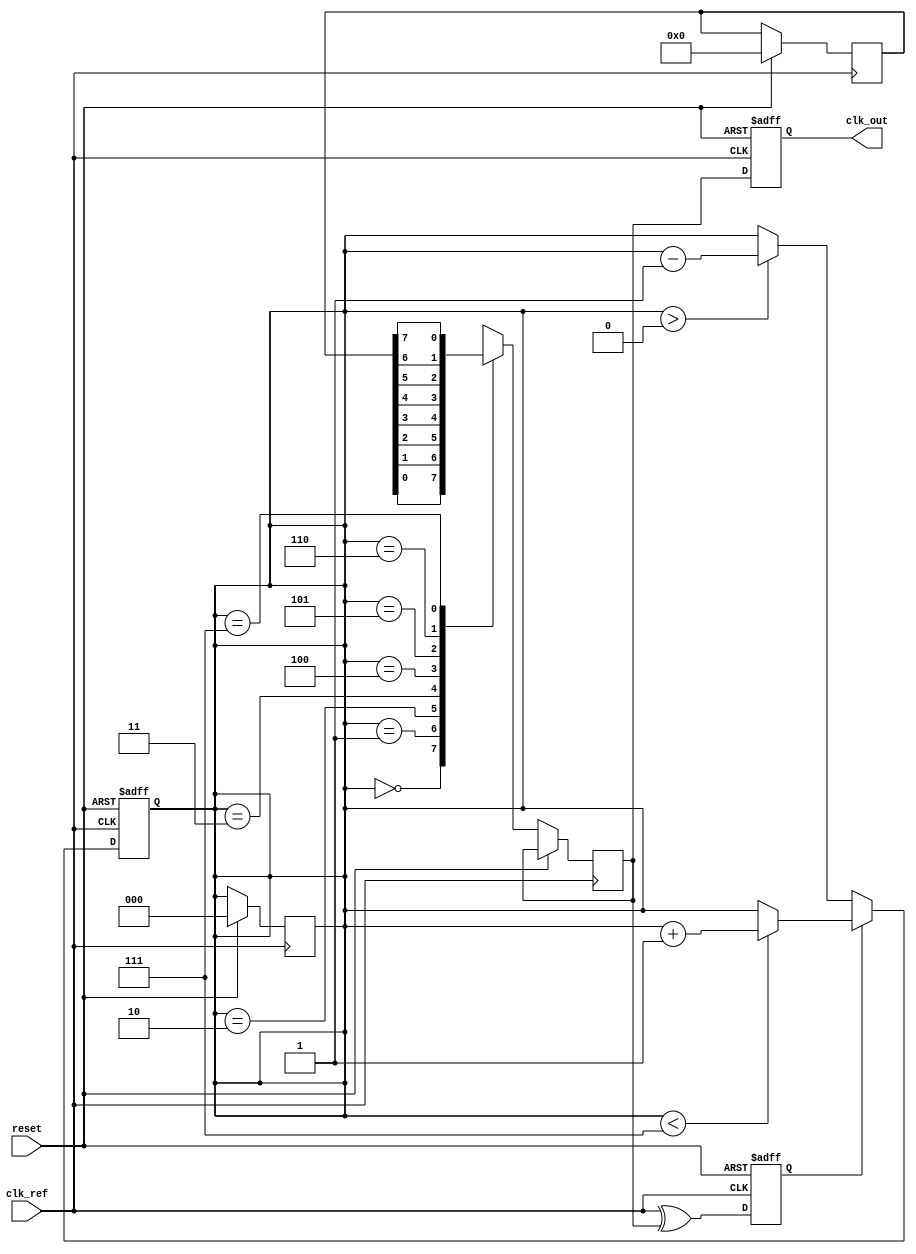
module dll (
    input wire clk_ref,          // Reference clock input
    input wire reset,            // Asynchronous reset
    output reg clk_out           // Output clock
);

    // Parameters
    parameter DELAY_STAGES = 8; // Number of delay stages
    parameter DELAY_INCREMENT = 1; // Increment value for delay adjustment

    // Internal signals
    reg [DELAY_STAGES-1:0] delay_line; // Delay line storage
    reg [2:0] delay_select; // Selected delay stage
    reg phase_error;        // Phase error signal
    reg [3:0] state;        // Control state for FSM
    reg clk_feedback;       // Feedback clock from delay line

    // Phase Detector: Simple XOR for phase comparison
    always @(posedge clk_ref or posedge reset) begin
        if (reset) begin
            phase_error <= 0;
        end else begin
            // Compare phase of reference clock and feedback clock
            phase_error <= clk_ref ^ clk_feedback;
        end
    end

    // Delay Line: Simulated delay stages
    always @(posedge clk_ref) begin
        if (reset) begin
            delay_line <= 0;
            delay_select <= 0;
        end else begin
            // Update delay line based on selected stage
            case (delay_select)
                3'b000: clk_feedback <= delay_line[0];
                3'b001: clk_feedback <= delay_line[1];
                3'b010: clk_feedback <= delay_line[2];
                3'b011: clk_feedback <= delay_line[3];
                3'b100: clk_feedback <= delay_line[4];
                3'b101: clk_feedback <= delay_line[5];
                3'b110: clk_feedback <= delay_line[6];
                3'b111: clk_feedback <= delay_line[7];
                default: clk_feedback <= delay_line[0];
            endcase
        end
    end

    // Control Logic: Adjust delay based on phase error
    always @(posedge clk_ref or posedge reset) begin
        if (reset) begin
            delay_select <= 0;
        end else begin
            if (phase_error) begin
                // Adjust delay based on phase error
                if (delay_select < DELAY_STAGES - 1) begin
                    delay_select <= delay_select + DELAY_INCREMENT;
                end
            end else begin
                // Optionally decrease delay if locked
                if (delay_select > 0) begin
                    delay_select <= delay_select - DELAY_INCREMENT;
                end
            end
        end
    end

    // Output Buffer: Drive the output clock
    always @(posedge clk_ref or posedge reset) begin
        if (reset) begin
            clk_out <= 0;
        end else begin
            clk_out <= clk_feedback; // Buffer the feedback clock
        end
    end

endmodule